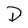
Character: D